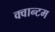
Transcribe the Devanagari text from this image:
क्‍वान्‍टम